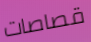
قصاصات